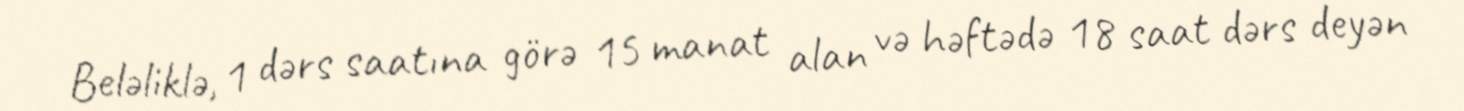
Beləliklə, 1 dərs saatına görə 15 manat alan və həftədə 18 saat dərs deyən